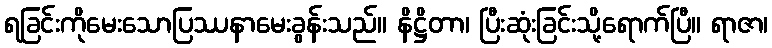
ရခြင်းကိုမေးသောပြဿနာမေးခွန်းသည်။ နိဋ္ဌိတာ၊ ပြီးဆုံးခြင်းသို့ရောက်ပြီ။ ရာဇာ၊